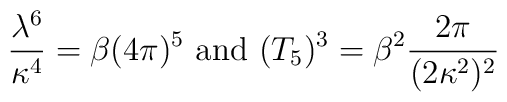
\frac{\lambda^6}{\kappa^4} = \beta (4\pi)^5 \mbox{ and }(T_5)^3 = \beta^2 \frac{2\pi}{(2\kappa^2)^2}